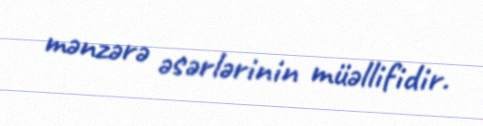
mənzərə əsərlərinin müəllifidir.